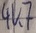
Text: 4K7